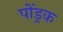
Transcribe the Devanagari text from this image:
पोंड्रक